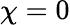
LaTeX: {\chi=0}